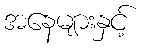
အနေများနှင့်